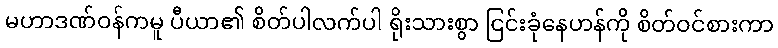
မဟာဒဏ်ဝန်ကမူ ပီယာ၏ စိတ်ပါလက်ပါ ရိုးသားစွာ ငြင်းခုံနေဟန်ကို စိတ်ဝင်စားကာ